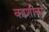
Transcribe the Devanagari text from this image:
काशीवर